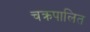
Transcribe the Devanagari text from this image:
चक्रपालित